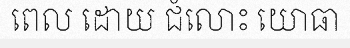
ពេល ដោយ ជំលោះ យោធា